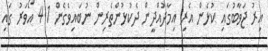
އިރު ޖަވާބުގައި ކުޅެން އެރި އިމާދުއްދީން ދެކުޅުންތެރިން ނުބައިވެގެން 4.1 އޯވަރު ގައި